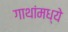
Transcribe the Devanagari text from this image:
गाथांमध्ये